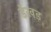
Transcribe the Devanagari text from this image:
डेख़ड़